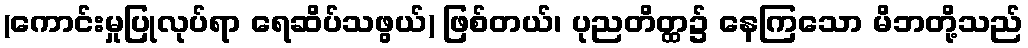
(ကောင်းမှုပြုလုပ်ရာ ရေဆိပ်သဖွယ်) ဖြစ်တယ်၊ ပုညတိတ္ထ၌ နေကြသော မိဘတို့သည်